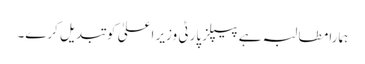
ہمارا مطالبہ ہے پیپلز پارٹی وزیر اعلیٰ کو تبدیل کرے۔